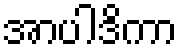
အာပါဒိကာ